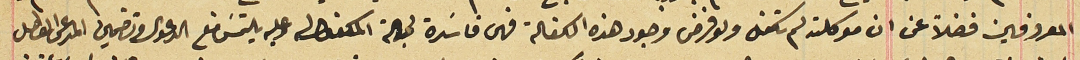
المعروفين فضلاً عن ان موكلته لم تكفل ولو فرض وجود هذه الكفالة فهى فاسَدة لجهة المكفوله وعليه يلتمسَ منع الدعوى وتضمين المدعى العطل